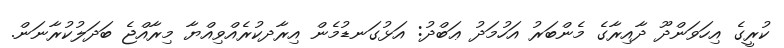
ކުރީގެ އިހަވަންދޫ ދާއިރާގެ މެންބަރު އަހުމަދު ޢަބްދު: އަޅުގަނޑުމެން އިރާދކުރެއްވިއްޔާ މިރާއްޖެ ބަދަލުކުރާނަން.